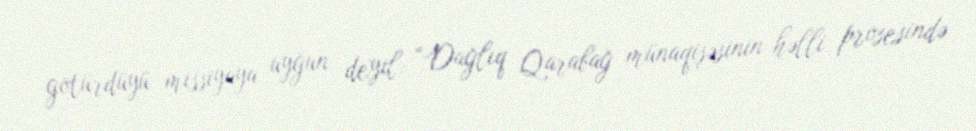
götürdüyü missiyaya uyğun deyil: “Dağlıq Qarabağ münaqişəsinin həlli prosesində